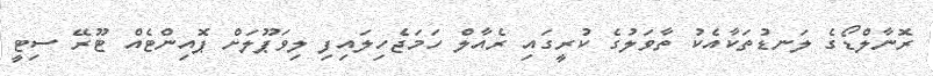
ރޮނާލްޑޯގެ ލަނޑުތަކާއެކު ތާވަލުގެ ކުރީގައި ރެއާލް ހަމަޖެހިލައިފި ލިވަޕޫލަށް ޕޮއިންޓެއް ޓޫރޭ ސިޓީ